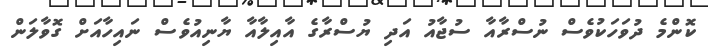
ކޮންމެ ދުވަހަކުވެސް ނުސްރާއާ ސުޖާއު އަދި ޔުސްރާގެ އާއިލާއާ ޔާނިއުވެސް ނައިހާއަށް ގޮވާލަން